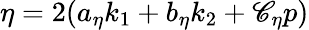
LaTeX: \eta=2(a_{\eta}k_{1}+b_{\eta}k_{2}+\mathscr{C}_{\eta}p)